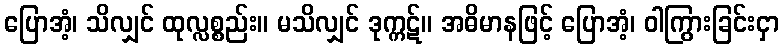
ပြောအံ့၊ သိလျှင် ထုလ္လစ္စည်း။ မသိလျှင် ဒုက္ကဋ်။ အဓိမာနဖြင့် ပြောအံ့၊ ဝါကြွားခြင်းငှာ